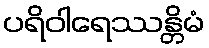
ပရိဝါရေဿန္တိမံ